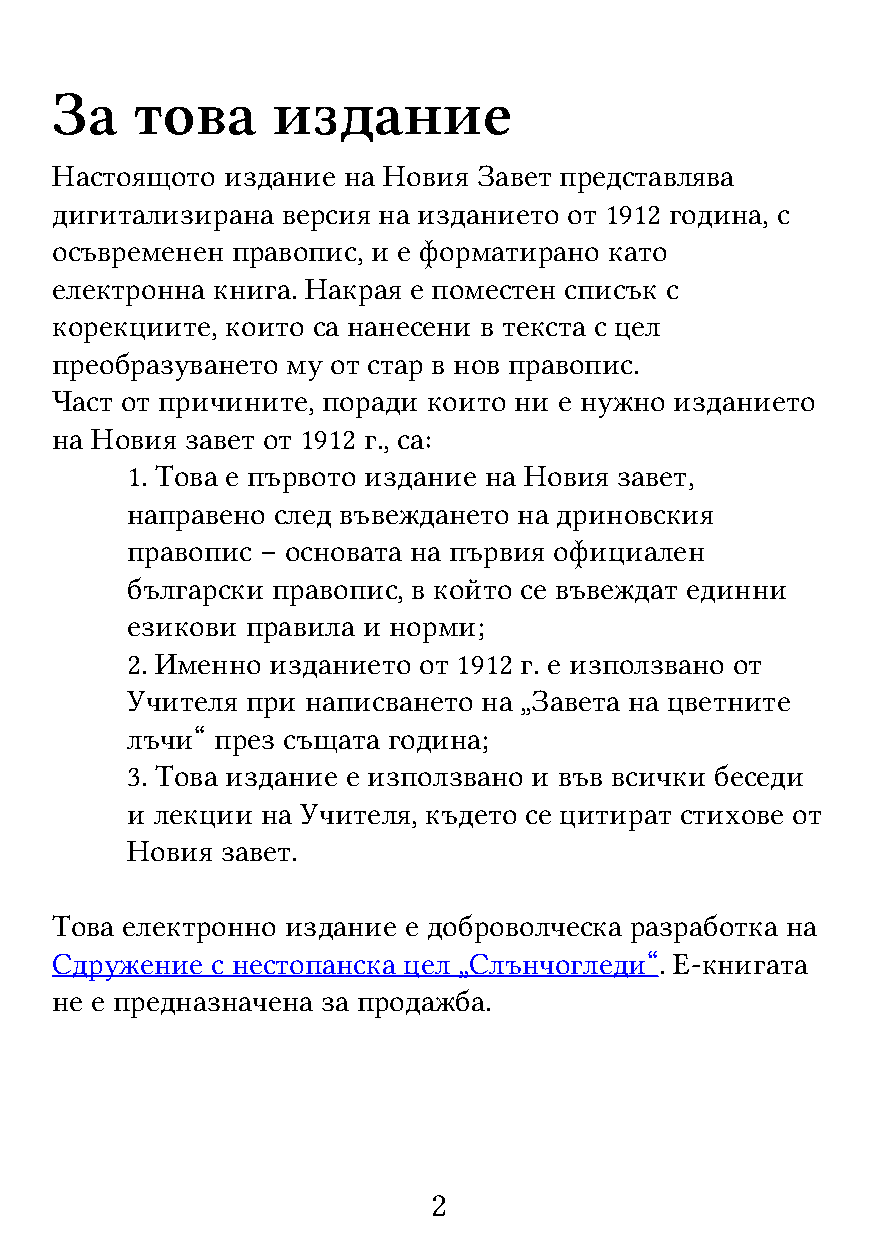
За    това     издание
 Настоящото  издание на Новия Завет представлява
 дигитализирана  версия на изданието от 1912 година, с
 осъвременен правопис, и е форматирано като
 електронна книга. Накрая е поместен списък с
 корекциите, които са нанесени в текста с цел
 преобразуването му от стар в нов правопис.
 Част от причините, поради които ни е нужно изданието
 на Новия завет от 1912 г., са:
 1. Това е първото издание на Новия завет,
 направено след въвеждането на дриновския
 правопис – основата на първия официален
 български правопис, в който се въвеждат единни
 езикови правила и норми;
 2. Именно изданието от 1912 г. е използвано от
 Учителя при написването на „Завета на цветните
 лъчи“ през същата година;
 3. Това издание е използвано и във всички беседи
 и лекции на Учителя, където се цитират стихове от
 Новия  завет.
 Това електронно издание е доброволческа разработка на
 Сдружение  с нестопанска цел „Слънчогледи“. Е-книгата
 не е предназначена за продажба.
 2